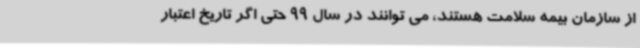
از سازمان بیمه سلامت هستند، می توانند در سال 99 حتی اگر تاریخ اعتبار